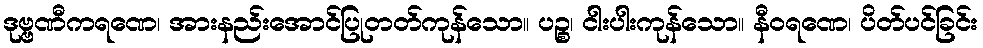
ဒုဗ္ဗဏီကရဏေ၊ အားနည်းအောင်ပြုတတ်ကုန်သော။ ပဉ္စ၊ ငါးပါးကုန်သော။ နီဝရဏေ၊ ပိတ်ပင်ခြင်း